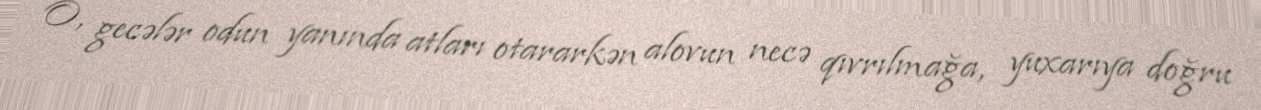
O, gecələr odun yanında atları otararkən alovun necə qıvrılmağa, yuxarıya doğru